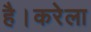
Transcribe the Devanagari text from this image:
है।करेला